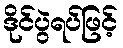
ဒိုင်ပွဲရပ်ဖြင့်